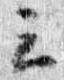
云